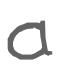
Text: a
Cross-out: clean
Writing tool: digital_gray